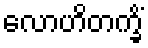
လောဟိတက္ခိံ